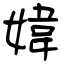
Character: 媁